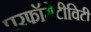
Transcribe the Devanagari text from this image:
परफॉर्मेटीविटी